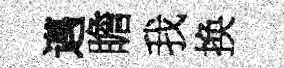
邁瞻我换